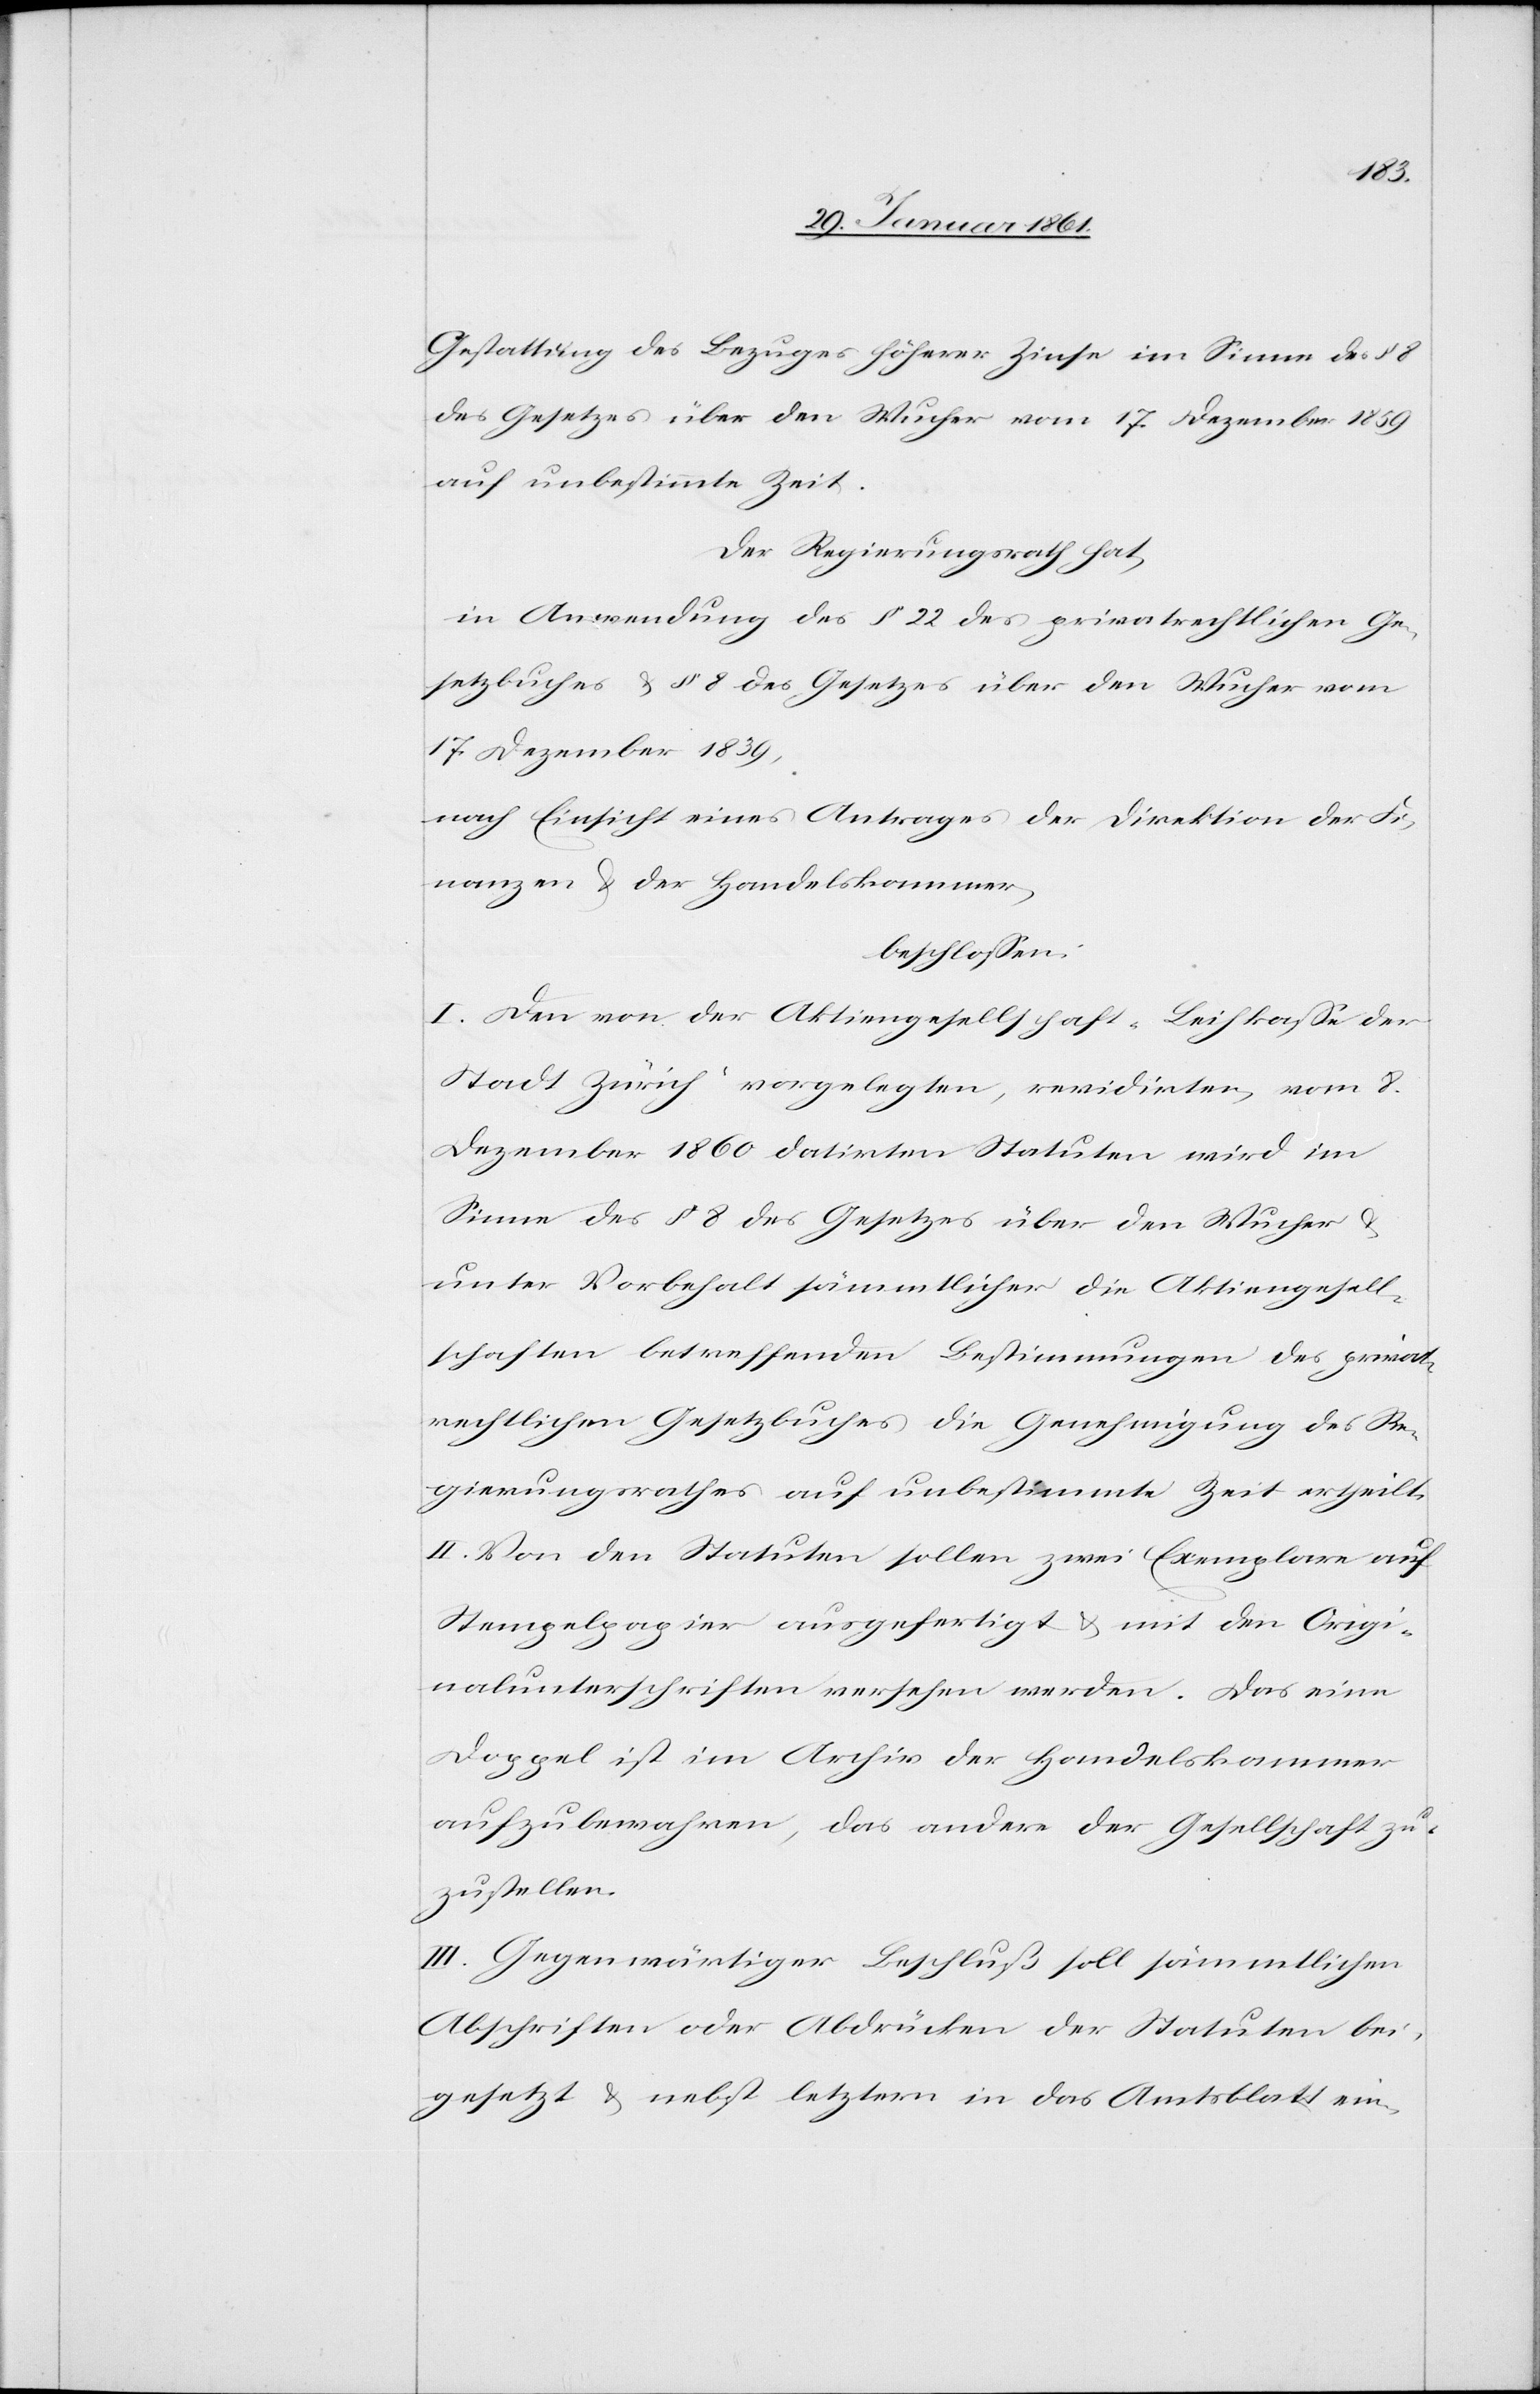
Gestattung des Bezuges höherer Zinse im Sinne des § 8
des Gesetzes über den Wucher vom 17. Dezember 1859
auf unbestimmte Zeit.
Der Regierungsrath hat,
in Anwendung des § 22 des privatrechtlichen Ge¬
setzbuches u. § 8 des Gesetzes über den Wucher vom
17. Dezember 1839,
nach Einsicht eines Antrages der Direktion der Fi¬
nanzen u. der Handelskammer,
beschlossen:
I. Den von der Aktiengesellschaft „Leihkasse der
Stadt Zürich“ vorgelegten, revidirten, vom 8.
Dezember 1860 datirten Statuten wird im
Sinne des § 8 des Gesetzes über den Wucher u.
unter Vorbehalt sämmtlicher die Aktiengesell¬
schaften betreffenden Bestimmungen des privat¬
rechtlichen Gesetzbuches die Genehmigung des Re¬
gierungsrathes auf unbestimmte Zeit ertheilt.
II. Von den Statuten sollen zwei Exemplare auf
Stempelpapier ausgefertigt u. mit den Origi¬
nalunterschriften versehen werden. Das eine
Doppel ist im Archiv der Handelskammer
aufzubewahren, das andere der Gesellschaft zu¬
zustellen.
III. Gegenwärtiger Beschluß soll sämmtlichen
Abschriften oder Abdrücken der Statuten bei¬
gesetzt u. nebst letztern in das Amtsblatt ein-